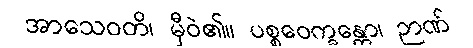
အာသေဝတိ၊ မှီဝဲ၏။ ပစ္စဝေက္ခန္တော၊ ဉာဏ်